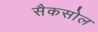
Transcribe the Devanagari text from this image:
सैकसोल